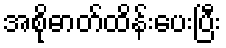
အစိုဓာတ်ထိန်းပေးပြီး